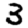
Digit: 3